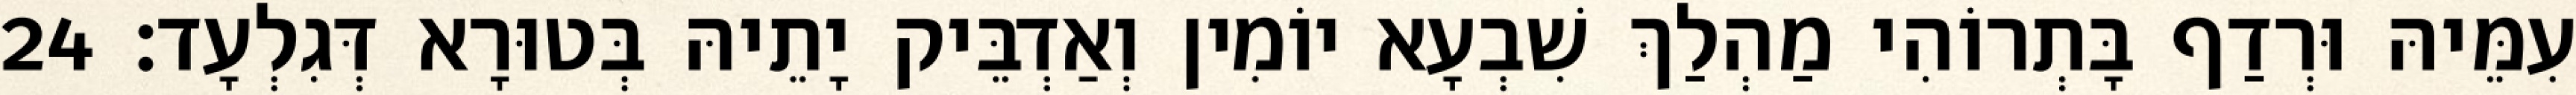
עִמֵּיהּ וּרְדַף בָּתְרוֹהִי מַהְלַךְ שִׁבְעָא יוֹמִין וְאַדְבֵּיק יָתֵיהּ בְּטוּרָא דְּגִלְעָד׃ 24